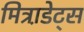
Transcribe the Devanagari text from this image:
मित्रा़डेट्स